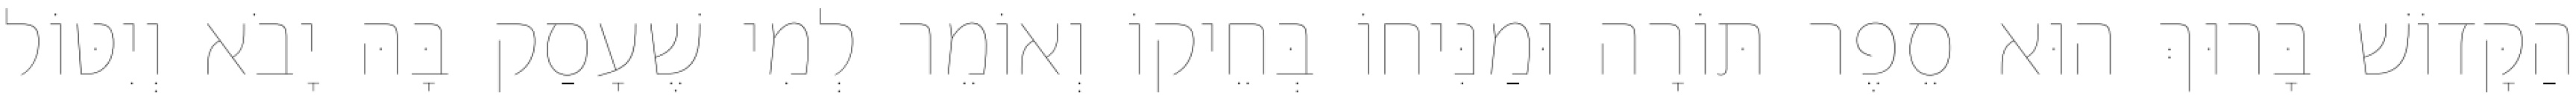
הַקָּדוֹשׁ בָּרוּךְ הוּא סֵפֶר תּוֹרָה וּמַנִּיחוֹ בְּחֵיקוֹ וְאוֹמֵר לְמִי שֶׁעָסַק בָּהּ יָבֹא וְיִטּוֹל